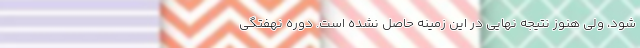
شود، ولی هنوز نتیجه نهایی در این زمینه حاصل نشده است. دوره نهفتگی